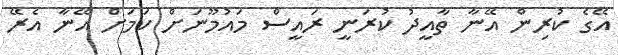
އޭގެ ކުރިން އޭނާ ތާއީދު ކުރަނީ ރައީސް މައުމޫނަށް ކަމަށް އޭނާ އެރޭ